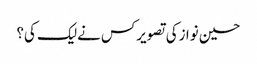
حسین نوازکی تصویرکس نےلیک کی؟